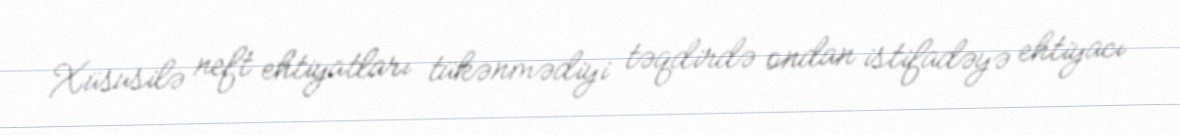
Xüsusilə neft ehtiyatları tükənmədiyi təqdirdə ondan istifadəyə ehtiyacı